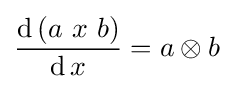
{\frac {\operatorname {d} \left(a\ x\ b\right)}{\operatorname {d} x}}=a\otimes b